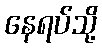
နေရပ်သို့